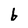
Character: b